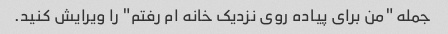
جمله "من برای پیاده روی نزدیک خانه ام رفتم" را ویرایش کنید.